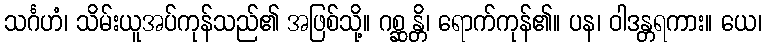
သင်္ဂဟံ၊ သိမ်းယူအပ်ကုန်သည်၏ အဖြစ်သို့။ ဂစ္ဆန္တိ၊ ရောက်ကုန်၏။ ပန၊ ဝါဒန္တရကား။ ယေ၊